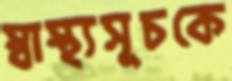
স্বাস্থ্যসূচকে